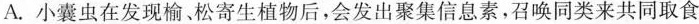
A.小囊虫在发现榆松寄生植物后，会发出聚集信息素，召唤同类来共同取食